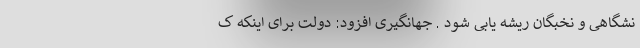
نشگاهی و نخبگان ریشه یابی شود . جهانگیری افزود: دولت برای اینکه ک